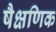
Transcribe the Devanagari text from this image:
षैक्षणिक